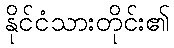
နိုင်ငံသားတိုင်း၏